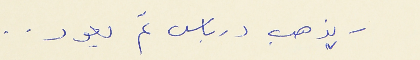
يذهب درباس ثم يعود . .